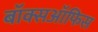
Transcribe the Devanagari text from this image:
बॉक्सऑफिस